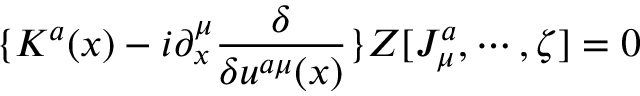
\{ K ^ { a } ( x ) - i \partial _ { x } ^ { \mu } \frac \delta { \delta u ^ { a \mu } ( x ) } \} Z [ J _ { \mu } ^ { a } , \cdots , \zeta ] = 0